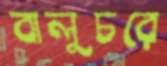
বালুচরে